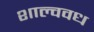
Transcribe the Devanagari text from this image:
शाल्ववध